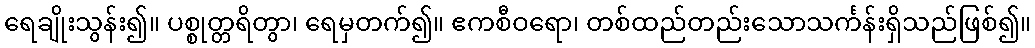
ရေချိုးသွန်း၍။ ပစ္စုတ္တရိတွာ၊ ရေမှတက်၍။ ဧကစီဝရော၊ တစ်ထည်တည်းသောသင်္ကန်းရှိသည်ဖြစ်၍။